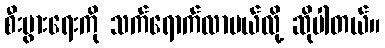
စီးပွားရေးကို သက်ရောက်လာမယ်လို့ ဆိုပါတယ်။